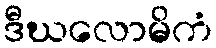
ဒီဃလောမိကံ